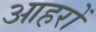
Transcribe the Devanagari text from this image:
आहरों